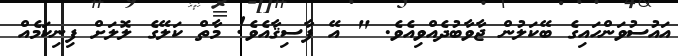
އައުސުވަންހައިގެ ބޭކަލުން ޖާވާބުދެއްވިއެވެ. " އޭ ފާސިޤާއެވެ! މާތް ކަލޭގެ ލޮލަށް ފިނިކަމެއް